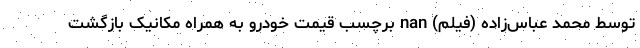
توسط محمد عباس‌زاده (فیلم) nan برچسب قیمت خودرو به همراه مکانیک بازگشت